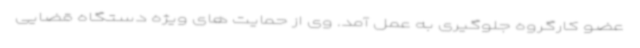
عضو کارگروه جلوگیری به عمل آمد. وی از حمایت های ویژه دستگاه قضایی